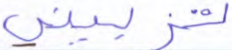
تزييني